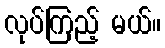
လုပ်ကြည့် မယ်။